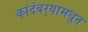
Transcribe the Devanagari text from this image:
कांदंबर्‍यामधून